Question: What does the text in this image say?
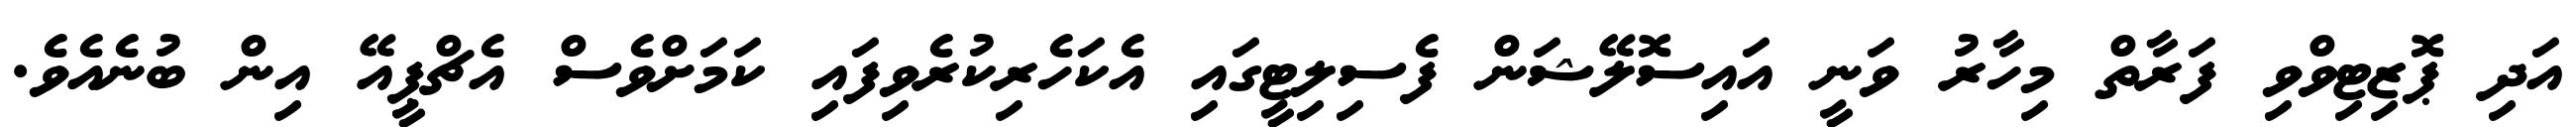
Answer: އަދި ޕޮޒިޓިވްވި ފަރާތް މިހާރު ވަނީ އައިސޮލޭޝަން ފެސިލިޓީގައި އެކަހެރިކުރެވިފައި ކަމަށްވެސް އެޗްޕީއޭ އިން ބުނެއެވެ.